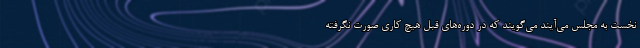
نخست به مجلس می‌آیند می‌گویند که در دوره‌های قبل هیچ کاری صورت نگرفته